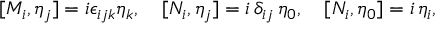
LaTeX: [ M _ { i } , \eta _ { j } ] = i \epsilon _ { i j k } \eta _ { k } , \quad [ N _ { i } , \eta _ { j } ] = i \, \delta _ { i j } \, \eta _ { 0 } , \quad [ N _ { i } , \eta _ { 0 } ] = i \, \eta _ { i } ,